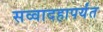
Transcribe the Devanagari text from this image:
सव्वादहापर्यंत